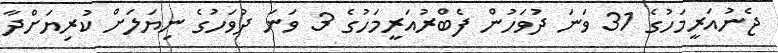
ޖެނުއަރީމަހުގެ 31 ވަނަ ދުވަހުން ފެބްރުއަރީމަހުގެ 3 ވަނަ ދުވަހުގެ ނިޔަލަށް ކުރިޔަށްދާ